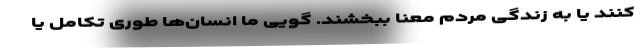
کنند یا به زندگی مردم معنا ببخشند. گویی ما انسان‌ها طوری تکامل یا